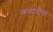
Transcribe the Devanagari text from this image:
कवालीचा